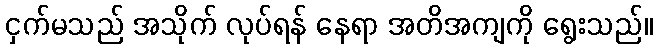
ငှက်မသည် အသိုက် လုပ်ရန် နေရာ အတိအကျကို ရွေးသည်။